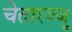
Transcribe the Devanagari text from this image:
चेतारज्जू